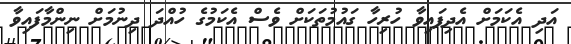
އަދި އެކަމަށް އެދިފައިވާ ހުރިހާ ގައުމުތަކަށް ވެސް އެކަމުގެ ހުއްދަ ދިނުމަށް ނިންމާފައިވާ